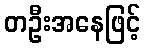
တဦးအနေဖြင့်